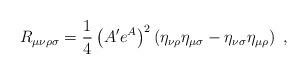
LaTeX: \begin{align*}R_{\mu\nu\rho\sigma}=\frac{1}{4}\left(A'e^A\right)^2\left(\eta_{\nu\rho}\eta_{\mu\sigma}-\eta_{\nu\sigma}\eta_{\mu\rho}\right)~,\end{align*}